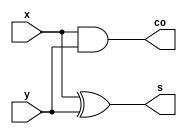
`timescale 1ns / 1ps

module half_adder(x,y,s,co);
input x,y;
output s,co;

assign s = x ^ y;
assign co = x & y;

endmodule